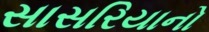
સાસરિયાનો